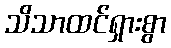
သိသာထင်ရှားစွာ